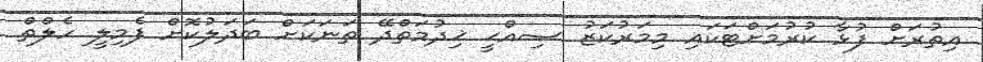
އިތުރަށް ފުޅާ ކުރުމަށްޓަކައި މިމަރުކަޒު ޞިއްޙީ ޚިދުމަތްދޭ ތަނަކަށް ބަދަލުކޮށް ފެމިލީ ހެލްތް